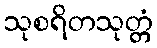
သုစရိတသုတ္တံ